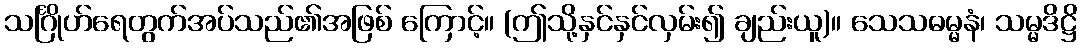
သင်္ဂြိုဟ်ရေတွက်အပ်သည်၏အဖြစ် ကြောင့်။ (ဤသို့နှင်နှင်လှမ်း၍ ချည်းယူ)။ သေသဓမ္မနံ၊ သမ္မဒိဋ္ဌိ